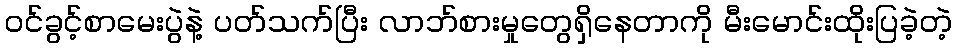
ဝင်ခွင့်စာမေးပွဲနဲ့ ပတ်သက်ပြီး လာဘ်စားမှုတွေရှိနေတာကို မီးမောင်းထိုးပြခဲ့တဲ့